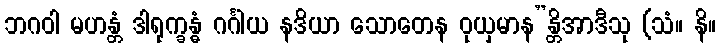
ဘဂဝါ မဟန္တံ ဒါရုက္ခန္ဓံ ဂင်္ဂါယ နဒိယာ သောတေန ဝုယှမာန”န္တိအာဒီသု (သံ။ နိ။